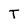
Character: T